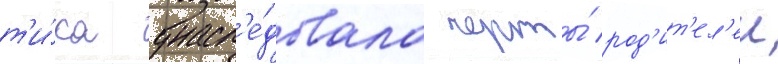
т'и́ка унасл'е́довала черты́ род'ит'ел'еи